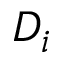
D _ { i }